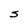
Character: S